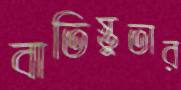
বাতিস্তুতার